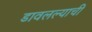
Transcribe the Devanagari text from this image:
डावलल्याची